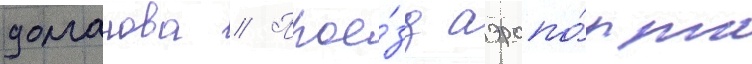
долганова // Прое́зд аэропо́рта